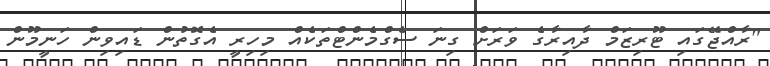
"ރާއްޖޭގައި ޓޫރިޒަމް ދާއިރާގެ ވަރަށް ގިނަ ސެގްމެންޓްތަކެއް މިހިރީ އެގޮތުން ޑައިވިން ހަނީމޫން